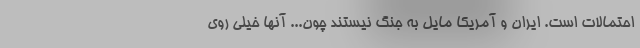
احتمالات است. ایران و آمریکا مایل به جنگ نیستند چون... آنها خیلی روی